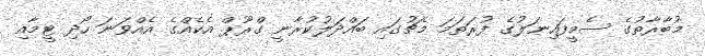
މުބާރާތުގެ ސެމީފައިނަލުގެ ފުރަތަމަ މެޗުގައި ބައްދަލުކުރާނީ ގްރޫޕް އެކެއްގެ އެއްވަނަ ހޯދި ޓީމާއި